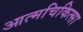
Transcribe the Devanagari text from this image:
आत्मचिकित्सा